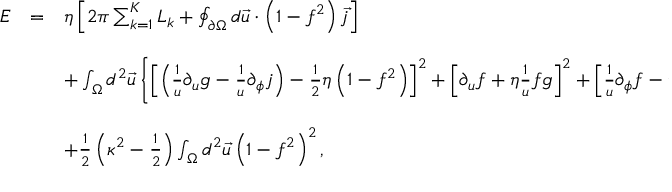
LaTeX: \begin{array} { r c l } { { { \cal E } } } & { { = } } & { { \eta \left[ 2 \pi \sum _ { k = 1 } ^ { K } L _ { k } + \oint _ { \partial \Omega } d \vec { u } \cdot \left( 1 - f ^ { 2 } \right) \vec { j } \right] } } \\ { { } } & { { } } & { { } } \\ { { } } & { { } } & { { + \int _ { \Omega } d ^ { 2 } \vec { u } \left\{ \left[ \left( \frac { 1 } { u } \partial _ { u } g - \frac { 1 } { u } \partial _ { \phi } j \right) - \frac { 1 } { 2 } \eta \left( 1 - f ^ { 2 } \right) \right] ^ { 2 } + \left[ \partial _ { u } f + \eta \frac { 1 } { u } f g \right] ^ { 2 } + \left[ \frac { 1 } { u } \partial _ { \phi } f - \eta f j \right] ^ { 2 } \right\} } } \\ { { } } & { { } } & { { } } \\ { { } } & { { } } & { { + \frac { 1 } { 2 } \left( \kappa ^ { 2 } - \frac { 1 } { 2 } \right) \int _ { \Omega } d ^ { 2 } \vec { u } \left( 1 - f ^ { 2 } \right) ^ { 2 } , } } \end{array}